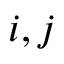
i , j